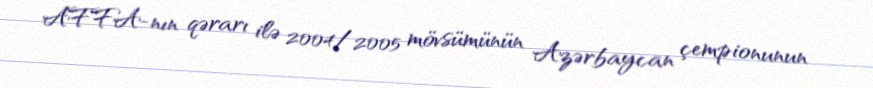
AFFA-nın qərarı ilə 2004/2005 mövsümünün Azərbaycan çempionunun